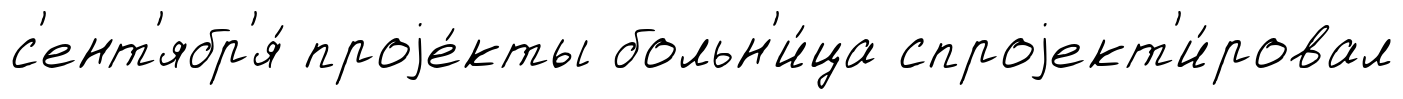
с'ент'ябр'я́ проjе́кты больн'и́ца спроjект'и́ровал